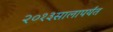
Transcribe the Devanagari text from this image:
२०१३सालापर्यंत